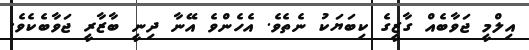
އިލްމީ ޖަވާބެއް ގާޒީގެ ކިބަޔަކު ނެތެވެ. އެހެންވެ އޭނާ ދިނީ ބާޒާރީ ޖަވާބެކެވެެ.